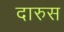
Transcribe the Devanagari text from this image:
दारुस